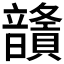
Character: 𩑅